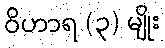
ဝိဟာရ (၃) မျိုး